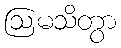
ဩမသိတွာ